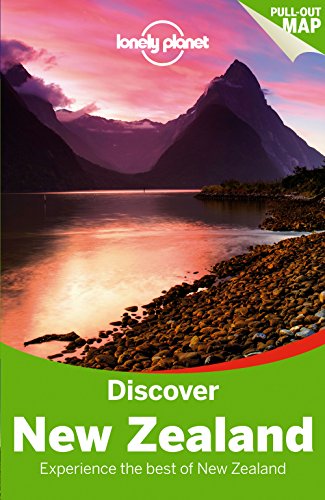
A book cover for Lonely Planet Discover New Zealand (Travel Guide); Lonely Planet; Travel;